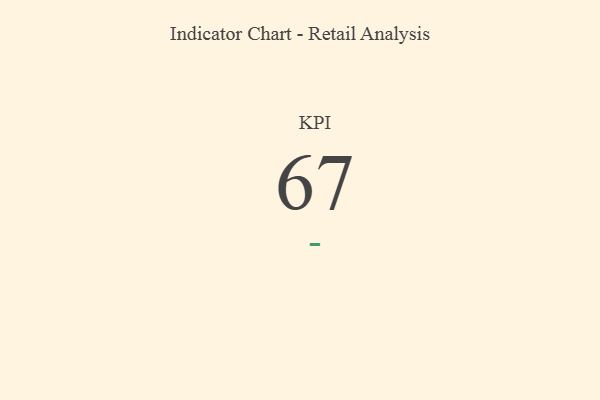
{"axis": {"x": "KPI", "y": "Value"}, "legend": [""], "data": [{"x": "KPI", "y": 67, "type": ""}]}